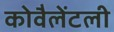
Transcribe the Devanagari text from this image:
कोवैलेंटली